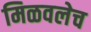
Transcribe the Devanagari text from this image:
मिळवलेच